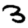
Digit: 3